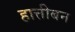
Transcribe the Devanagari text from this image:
हात्तीबन